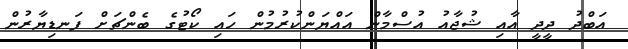
އަބްދު ދީދީ އާއި ޝުޖާއު އުސްމާން އައްޔަންކުރުމުން ހައި ކޯޓުގެ ބެންޗަށް ފަނޑިޔާރުން